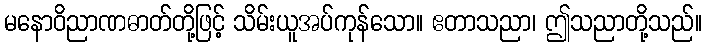
မနောဝိညာဏဓာတ်တို့ဖြင့် သိမ်းယူအပ်ကုန်သော။ ဧတာသညာ၊ ဤသညာတို့သည်။